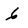
Character: 6